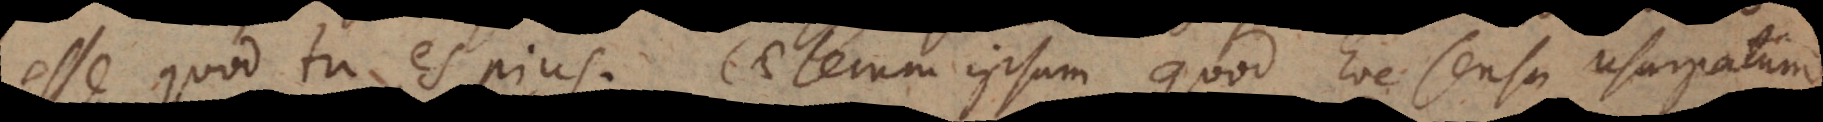
esse quod tu es pius. Caeterum ipsum, quod hoc sensu usurpatum